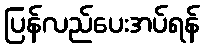
ပြန်လည်ပေးအပ်ရန်